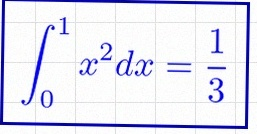
\int_0^1 x^2dx=\frac13